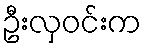
ဦးလှဝင်းက